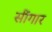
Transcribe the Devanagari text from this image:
सींगार